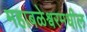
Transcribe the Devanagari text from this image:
महाबळेश्वरमधील